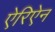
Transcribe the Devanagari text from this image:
ऐरिऐन